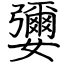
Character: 㜷